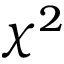
\chi ^ { 2 }